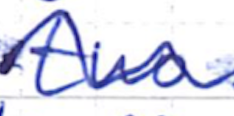
Text: two
Cross-out: wave
Writing tool: ballpoint